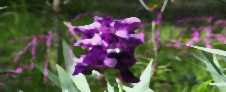
রাছিউল